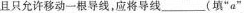
且只允许移动一根导线，应将导线___(填”a”